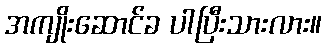
အကျိုးဆောင်ခ ပါပြီးသားလား။